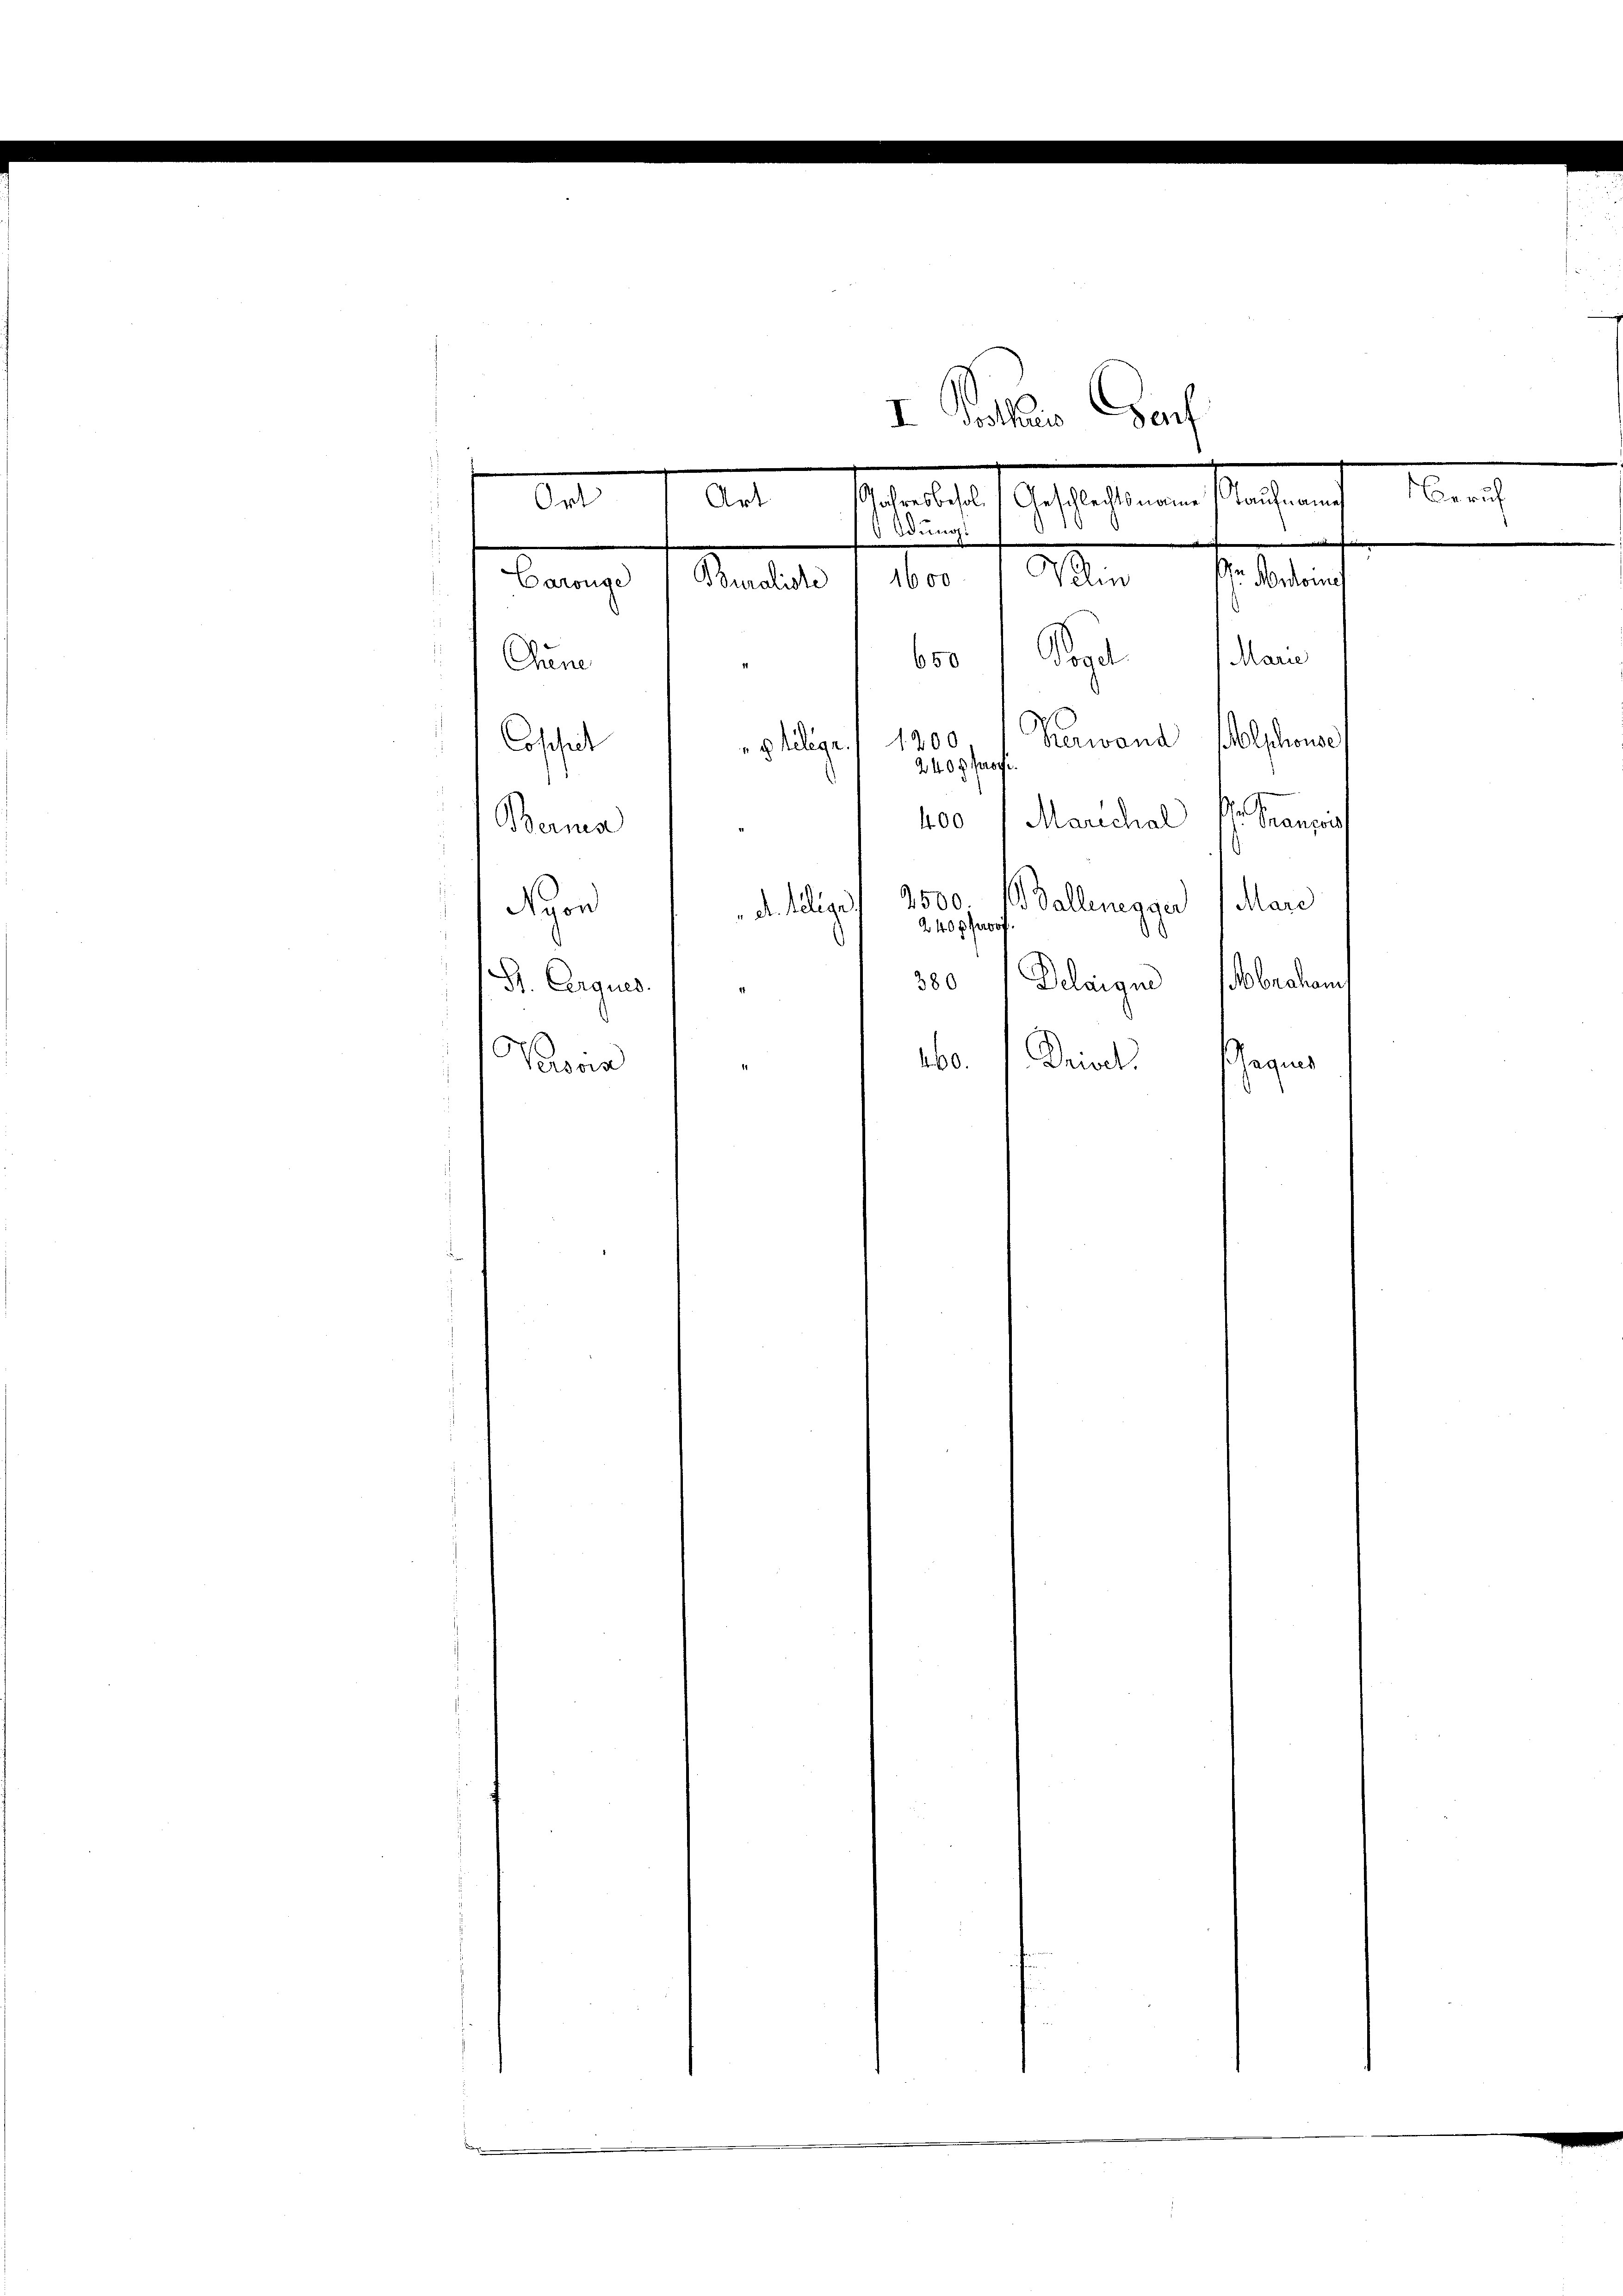
I. Peten Sach
Velm hr. Nordone
Vogel. Man
650
Chune
olschause
kerwand
1200
Coschul
g Relige
240 g poye
Gr. Praesen,
Marechal
400
Berma
,500
Ballenegger Mare
Non
 D. Relige
240 g prof
Beleigen (braham
380
St. Cerques.
Person
Drick Gegens
0.

Ort
 Idung.
1600
Buraliste
Carouge

Arten Bestalte es gestaltenen

agung

Beruf